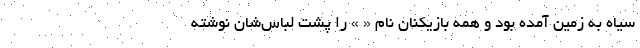
سیاه به زمین آمده بود و همه بازیکنان نام « » را پشت لباس‌شان نوشته